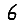
Digit: 6